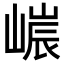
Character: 𡻌